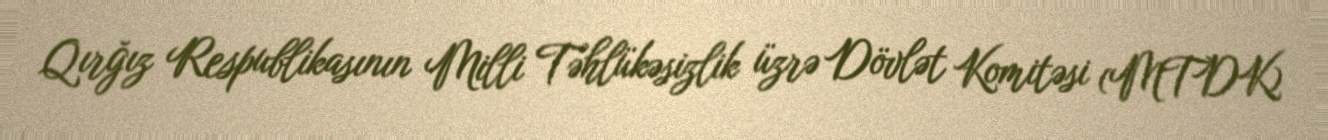
Qırğız Respublikasının Milli Təhlükəsizlik üzrə Dövlət Komitəsi (MTDK)